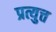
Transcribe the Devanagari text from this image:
प्रत्युत्त